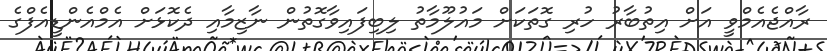
ރާއްޖެއެމްވީ އަށް އިތުބާރު ހުރި ގޮތަކަށް މައުލޫމާތު ލިބިފައިވާގޮތުން ނާޒިމާއި ދެކޮޅަށް އެމްއެންޑީއެފްގެ